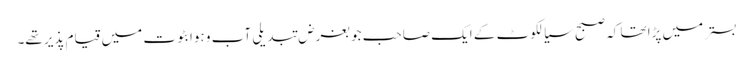
بستر میں پڑا تھا کہ صبح سیالکوٹ کے ایک صاحب جو بغرض تبدیلی آب و ہوا بٹوت میں قیام پذیر تھے۔